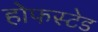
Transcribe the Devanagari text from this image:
होफस्टेड